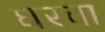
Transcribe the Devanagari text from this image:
घरवा